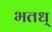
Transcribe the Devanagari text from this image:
भतध्